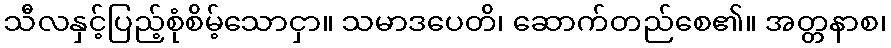
သီလနှင့်ပြည့်စုံစိမ့်သောငှာ။ သမာဒပေတိ၊ ဆောက်တည်စေ၏။ အတ္တနာစ၊